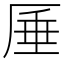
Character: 厜